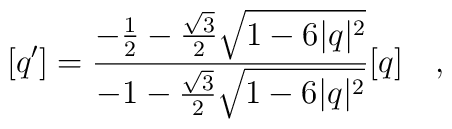
[q']=\frac{-\frac{1}{2}-\frac{\sqrt{3}}{2}\sqrt{1-6|q|^{2}}}{-1-\frac{\sqrt{3}}{2}\sqrt{1-6|q|^{2}}}[q] ~~~,